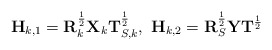
\begin{align*}\bold{H}_{k,1}=\bold{R}_{k}^{\frac{1}{2}}\bold{X}_{k}\bold{T}^{\frac{1}{2}}_{S,k},~\bold{H}_{k,2}=\bold{R}_{S}^{\frac{1}{2}}\bold{Y}\bold{T}^{\frac{1}{2}}\end{align*}